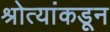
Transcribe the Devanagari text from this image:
श्रोत्यांकडून